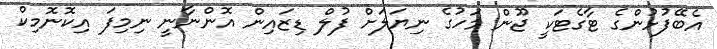
އެބޭފުޅުންގެ ޓާގެޓަކީ ޖޫން މަހުގެ ނިޔަލަށް ފުލް ޑިޒައިން އޮންނާނީ ނިމިފަ އިކޮނޮމިކް